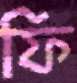
ফি